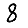
Digit: 8